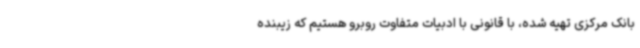
بانک مرکزی تهیه شده، با قانونی با ادبیات متفاوت روبرو هستیم که زیبنده